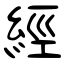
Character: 經